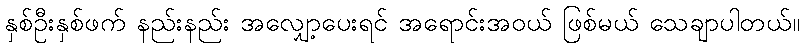
နှစ်ဦးနှစ်ဖက် နည်းနည်း အလျှော့ပေးရင် အရောင်းအဝယ် ဖြစ်မယ် သေချာပါတယ်။